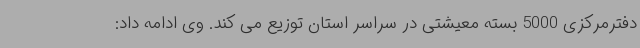
دفترمرکزی 5000 بسته معیشتی در سراسر استان توزیع می کند. وی ادامه داد: